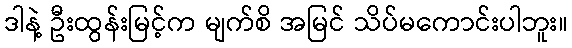
ဒါနဲ့ ဦးထွန်းမြင့်က မျက်စိ အမြင် သိပ်မကောင်းပါဘူး။